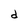
Character: d